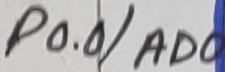
Text: P0.0/AD0